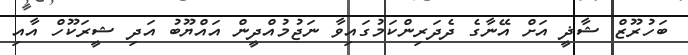
ބަހުރޫޒް ޝާޛީ އަށް އޭނާގެ ދެދަރިންކަމުގައިވާ ނަޖުމުއްދީން އައްޔޫބު އަދި ޝީރަކޫހް އާއި